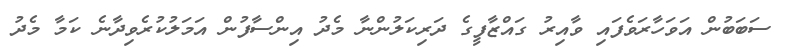
ސަބަބުން އަވަހާރަވެފައި ވާއިރު ގައްޒާފީގެ ދަރިކަލުންނާ މެދު އިންސާފުން އަމަލުކުރެވިދާނެ ކަމާ މެދު